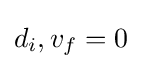
d_{i},v_{f}=0